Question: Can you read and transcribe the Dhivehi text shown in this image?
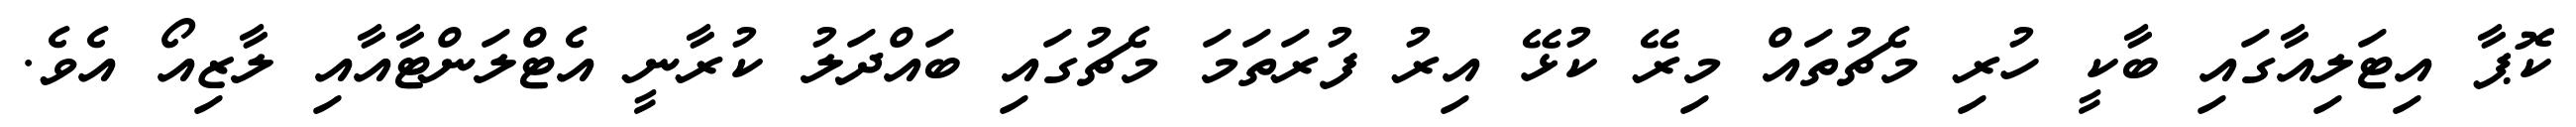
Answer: ކޮޕާ އިޓަލިއާގައި ބާކީ ހުރި މެޗުތައް މިރޭ ކުޅޭ އިރު ފުރަތަމަ މެޗުގައި ބައްދަލު ކުރާނީ އެޓްލަންޓާއާއި ލާޒިއޯ އެވެ.